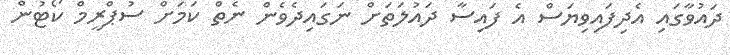
ދައުވާގައި އެދިފައިވިޔަސް އެ ފައިސާ ދައުލަތަށް ނަގައިދެވެން ނެތް ކަމަށް ސުޕްރީމް ކޯޓުން